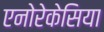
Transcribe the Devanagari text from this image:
एनोरेकेसिया